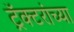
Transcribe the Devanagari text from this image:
ट्रॅक्टरांच्या